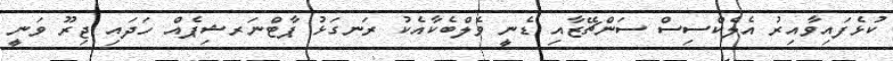
ކުޅެފައިވާއިރު އެލެކްސިސް ސަންޗޭޒާއި ޑެނީ ވެލްބެކާއެކު ރަނގަޅު ޕާޓްނަރޝިޕެއް ހަދައި ޖިރޫ ވަނީ